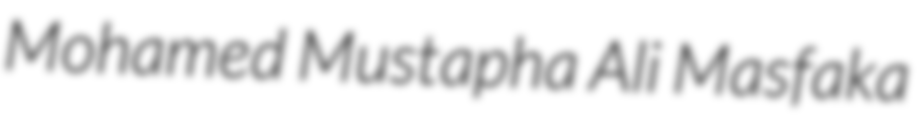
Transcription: Mohamed Mustapha Ali Masfaka